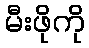
မီးဖိုကို